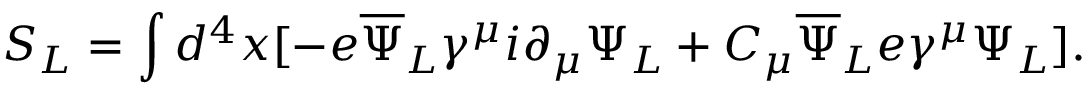
S _ { L } = \int d ^ { 4 } x [ - e { \overline { { \Psi } } } _ { L } \gamma ^ { \mu } i \partial _ { \mu } \Psi _ { L } + C _ { \mu } { \overline { { \Psi } } } _ { L } e \gamma ^ { \mu } \Psi _ { L } ] .